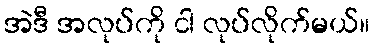
အဲဒီ အလုပ်ကို ငါ လုပ်လိုက်မယ်။